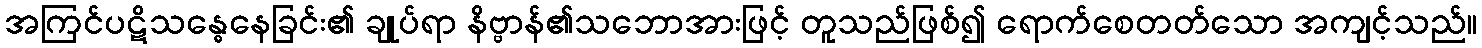
အကြင်ပဋိသန္ဓေနေခြင်း၏ ချုပ်ရာ နိဗ္ဗာန်၏သဘောအားဖြင့် တူသည်ဖြစ်၍ ရောက်စေတတ်သော အကျင့်သည်။